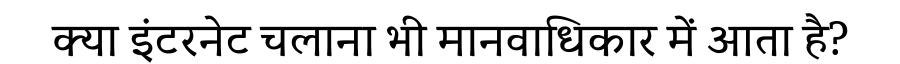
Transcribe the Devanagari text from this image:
क्या इंटरनेट चलाना भी मानवाधिकार में आता है?